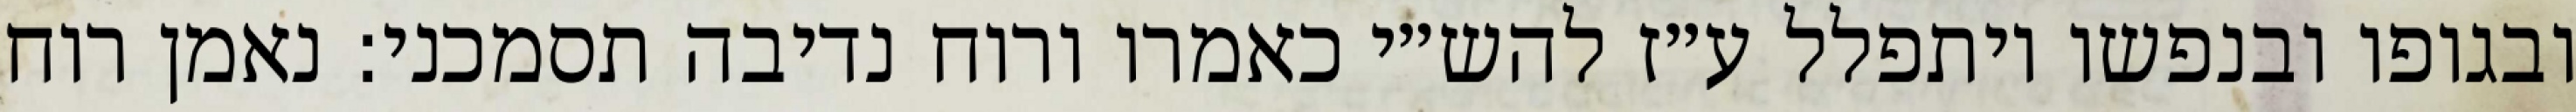
ובגופו ובנפשו ויתפלל ע״ז להש״י כאמרו ורוח נדיבה תסמכני: נאמן רוח